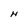
Character: H